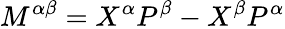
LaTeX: M^{\alpha\beta}=X^{\alpha}P^{\beta}-X^{\beta}P^{\alpha}